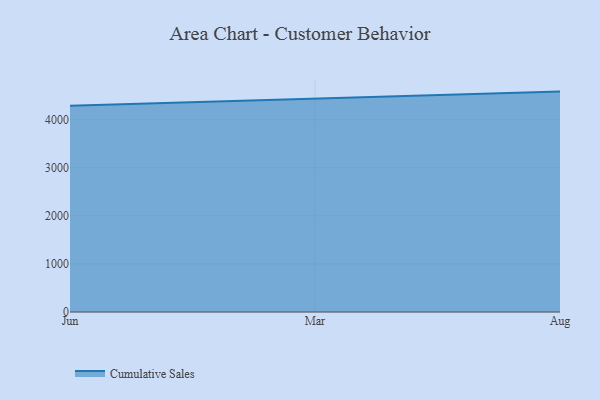
{"axis": {"x": "Month", "y": "Bounce Rate (%)"}, "legend": ["Cumulative Sales"], "data": [{"x": "Jun", "y": 4291.1, "type": "Cumulative Sales"}, {"x": "Mar", "y": 4435.5, "type": "Cumulative Sales"}, {"x": "Aug", "y": 4584.2, "type": "Cumulative Sales"}]}